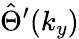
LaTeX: \hat{\Theta}^{\prime}(k_{y})